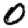
Digit: 0